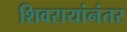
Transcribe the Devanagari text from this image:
शिवरायांनंतर